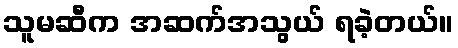
သူမဆီက အဆက်အသွယ် ရခဲ့တယ်။